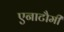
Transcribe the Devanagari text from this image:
एनाटौमी